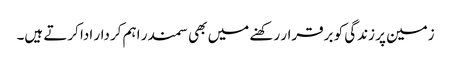
زمین پر زندگی کو برقرار رکھنے میں بھی سمندر اہم کردار ادا کرتے ہیں۔